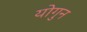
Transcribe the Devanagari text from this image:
योगुन